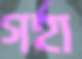
গর্হা